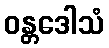
ဝန္တဒေါသံ